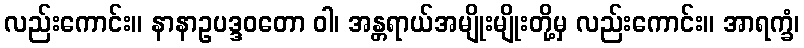
လည်းကောင်း။ နာနာဥပဒ္ဒဝတော ဝါ၊ အန္တရာယ်အမျိုးမျိုးတို့မှ လည်းကောင်း။ အာရက္ခံ၊